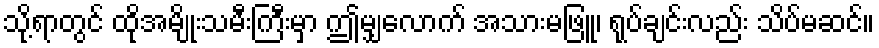
သို့ရာတွင် ထိုအမျိုးသမီးကြီးမှာ ဤမျှလောက် အသားမဖြူ၊ ရုပ်ချင်းလည်း သိပ်မဆင်။